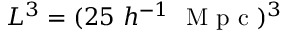
L ^ { 3 } = ( 2 5 \ h ^ { - 1 } \ \mathrm { ~ M ~ p ~ c ~ } ) ^ { 3 }